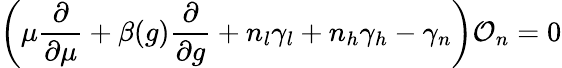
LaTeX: \left(\mu\frac{\partial}{\partial\mu}+\beta(g)\frac{\partial}{\partial g}+n_{l}\gamma_{l}+n_{h}\gamma_{h}-\gamma_{n}\right){\cal O}_{n}=0